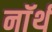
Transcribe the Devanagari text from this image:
नाॅर्थ